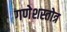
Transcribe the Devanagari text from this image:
गणेशस्तोत्र